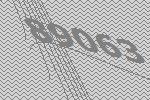
89063